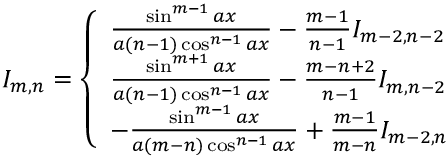
I _ { m , n } = \left\{ \begin{array} { l l } { \frac { \sin ^ { m - 1 } { a x } } { a ( n - 1 ) \cos ^ { n - 1 } { a x } } - \frac { m - 1 } { n - 1 } I _ { m - 2 , n - 2 } } \\ { \frac { \sin ^ { m + 1 } { a x } } { a ( n - 1 ) \cos ^ { n - 1 } { a x } } - \frac { m - n + 2 } { n - 1 } I _ { m , n - 2 } } \\ { - \frac { \sin ^ { m - 1 } { a x } } { a ( m - n ) \cos ^ { n - 1 } { a x } } + \frac { m - 1 } { m - n } I _ { m - 2 , n } } \end{array} \right. \,